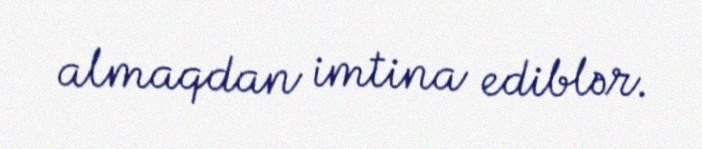
almaqdan imtina ediblər.